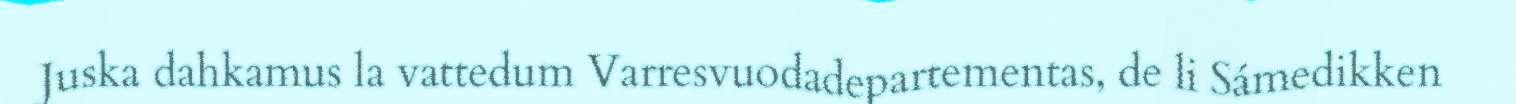
Juska dahkamus la vattedum Varresvuodadepartementas, de li Sámedikken